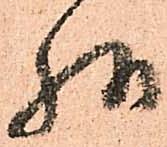
様